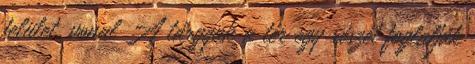
felület, vonal A tárgyak a tér egy részét foglalják